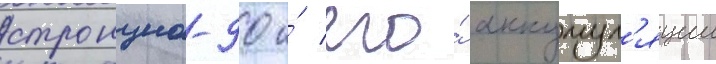
стронциа-90 и́ его́ аккумул'яции